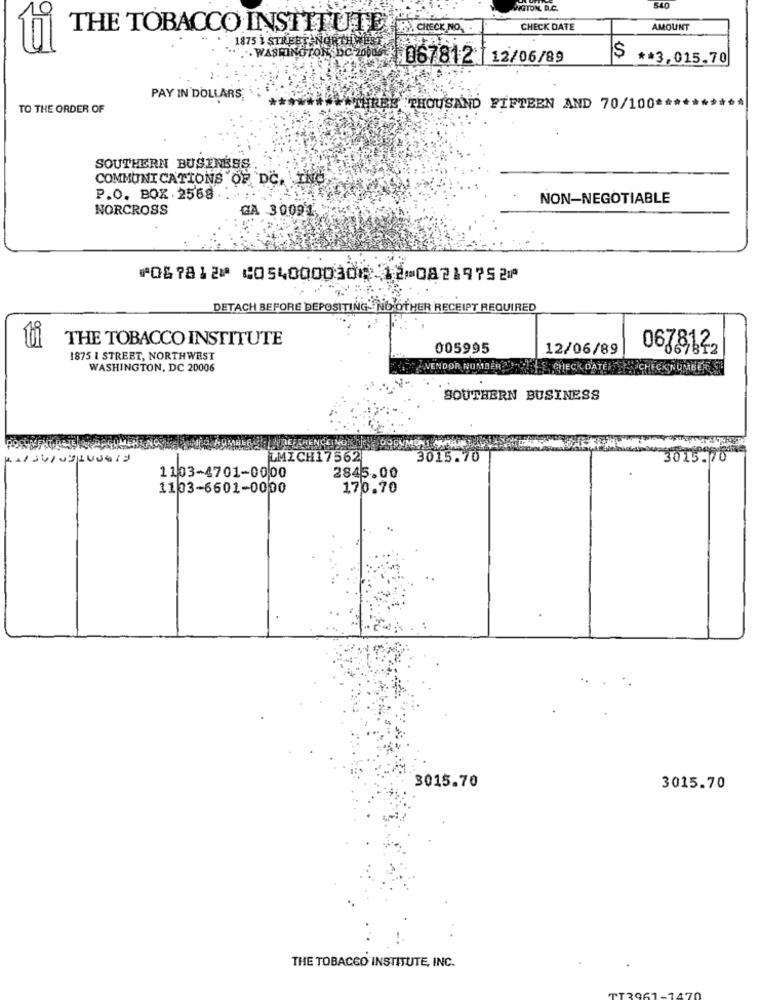
INGTON, D.C.
540
THE TOBACCO INSTITUTE E CHECK NO.
CHECK DATE
AMOUNT
tui
1875 } STREET NORTH WES
WASHINGTON DC 20005/ 067812 12/06/89
$ ** 3,015.70
PAY IN DOLLARS,
TO THE ORDER OF
MIREE THOUSAND FIFTEEN AND 70/100*
SOUTHERN BUSINESS
COMMUNICATIONS OF DC. INC
P.O. BOX.2568.
NON-NEGOTIABLE
NORCROSS
GA 30091
⑈067812⑈ ⑆054000030⑆ 12⑉08219752⑈
DETACH BEFORE DEPOSITING.NO OTHER RECEIPT REQUIRED
THE TOBACCO INSTITUTE
005995
12/06/89
0678122
1875 I STREET, NORTHWEST
WASHINGTON, DC 20006
VENDOR NUMBER
E CHECK DATEITS
CHECKNUMBER
SOUTHERN BUSINESS
LMICH17562
3015.70
3015.70
1103-4701-0000
2845.00
1103-6601-0000
170.70
3015.70
3015.70
THE TOBACCO INSTITUTE, INC.